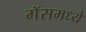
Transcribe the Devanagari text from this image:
गॅसमध्ये